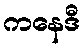
ကနေဒီ